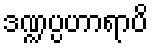
ဒဏ္ဍပ္ပဟာရာပိ